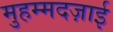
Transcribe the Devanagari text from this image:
मुहम्मदज़ाई